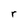
Character: r